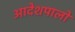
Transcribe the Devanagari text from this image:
आदेशपालों